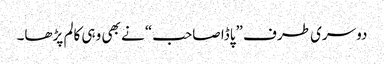
دوسری طرف ”پاڈا صاحب“ نے بھی وہی کالم پڑھا۔